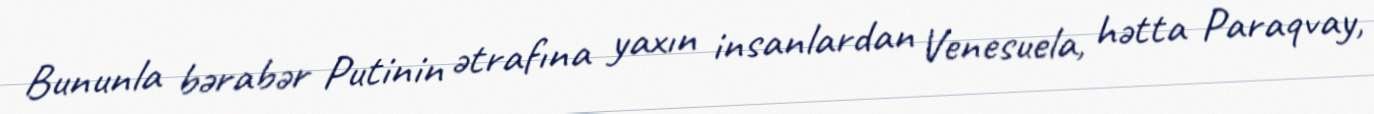
Bununla bərabər Putinin ətrafına yaxın insanlardan Venesuela, hətta Paraqvay,